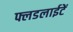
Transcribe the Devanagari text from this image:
फ्लडलाईटें